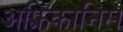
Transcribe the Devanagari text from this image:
अफ़्रिकानिस